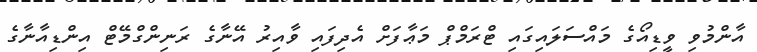
އާންމުވި ވީޑިއޯގެ މައްސަލައިގައި ޓްރަމްޕް މަޢާފަށް އެދިފައި ވާއިރު އޭނާގެ ރަނިންގްމޭޓް އިންޑިއާނާގެ